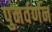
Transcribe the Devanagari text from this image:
पुनर्वर्णन